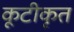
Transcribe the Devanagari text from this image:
कूटीकृत